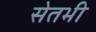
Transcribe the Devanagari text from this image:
सेतभी